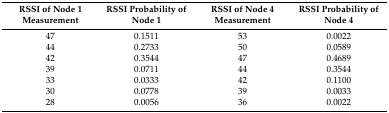
<table><thead><tr><td><b>RSSI of Node 1 Measurement</b></td><td><b>RSSI Probability of Node 1</b></td><td><b>RSSI of Node 4 Measurement</b></td><td><b>RSSI Probability of Node 4</b></td></tr></thead><tbody><tr><td>47</td><td>0.1511</td><td>53</td><td>0.0022</td></tr><tr><td>44</td><td>0.2733</td><td>50</td><td>0.0589</td></tr><tr><td>42</td><td>0.3544</td><td>47</td><td>0.4689</td></tr><tr><td>39</td><td>0.0711</td><td>44</td><td>0.3544</td></tr><tr><td>33</td><td>0.0333</td><td>42</td><td>0.1100</td></tr><tr><td>30</td><td>0.0778</td><td>39</td><td>0.0033</td></tr><tr><td>28</td><td>0.0056</td><td>36</td><td>0.0022</td></tr></tbody></table>